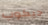
جيكوب